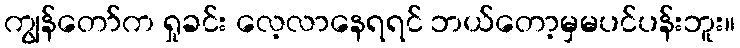
ကျွန်တော်က ရှုခင်း လေ့လာနေရရင် ဘယ်တော့မှမပင်ပန်းဘူး။